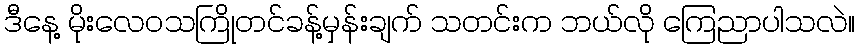
ဒီနေ့ မိုးလေဝသကြိုတင်ခန့်မှန်းချက် သတင်းက ဘယ်လို ကြေညာပါသလဲ။